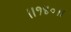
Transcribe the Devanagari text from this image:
॥१४०॥